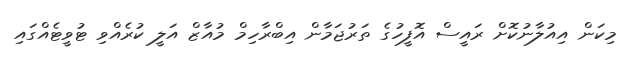
މިކަން އިއުލާނުކޮށް ރައީސް އޮފީހުގެ ތަރުޖަމާން އިބްރާހިމް މުއާޒް އަލީ ކުރެއްވި ޓުވީޓެއްގައި